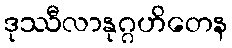
ဒုဿီလာနုဂ္ဂဟိတေန